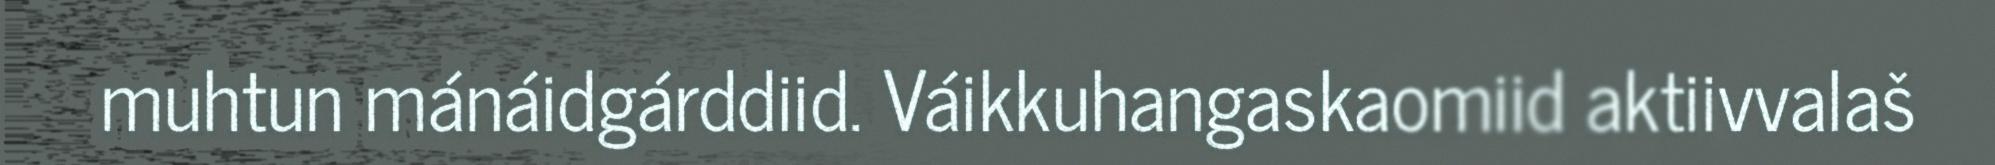
muhtun mánáidgárddiid. Váikkuhangaskaomiid aktiivvalaš